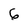
Character: 6